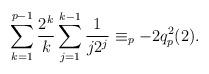
LaTeX: \begin{align*}\sum_{k=1}^{p-1}\frac{2^k}{k}\sum_{j=1}^{k-1} \frac{1}{j2^j}\equiv_{p}-2q^2_p(2).\end{align*}